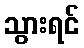
သွားရင်